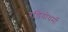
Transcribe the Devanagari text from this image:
रडियोधर्मी